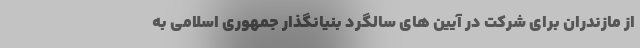
از مازندران برای شرکت در آیین های سالگرد بنیانگذار جمهوری اسلامی به